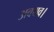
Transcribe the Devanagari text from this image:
अवयव।